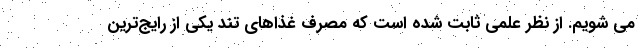
می شویم. از نظر علمی ثابت شده است که مصرف غذاهای تند یکی از رایج‌ترین